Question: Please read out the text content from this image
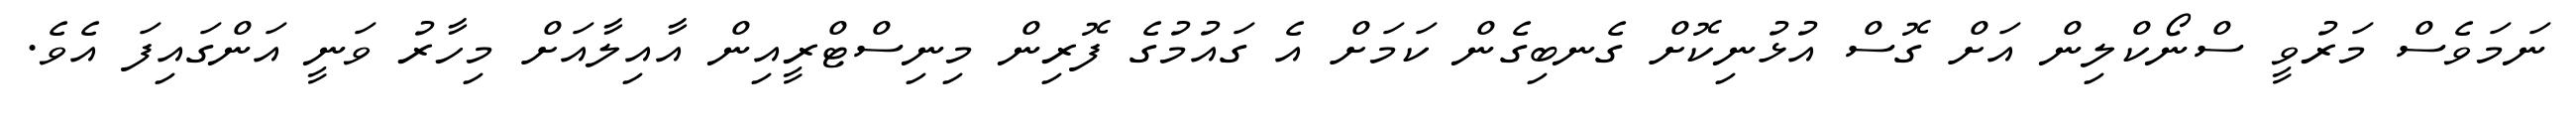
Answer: ނަމަވެސް މަރުވީ ސްނޯކްލިން އަށް ގޮސް އުޅުނިކޮށް ގެނބިގެން ކަމަށް އެ ގައުމުގެ ފޮރިން މިނިސްޓްރީއިން އާއިލާއަށް މިހާރު ވަނީ އަންގައިފަ އެވެ.